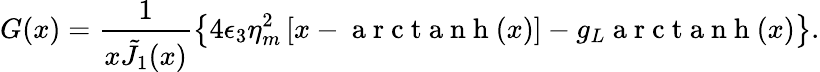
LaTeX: G(x)=\frac{1}{x\tilde{J}_{1}(x)}\left\{ 4\epsilon_{3}\eta_{m}^{2}\left[x-\mathrm{~a~r~c~t~a~n~h~}(x)\right]-g_{L}\mathrm{~a~r~c~t~a~n~h~}(x)\right\} .